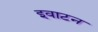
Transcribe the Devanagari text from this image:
इवाटन